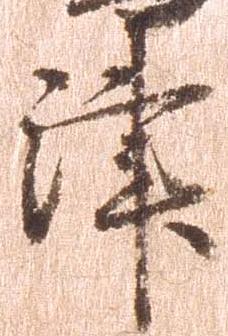
津